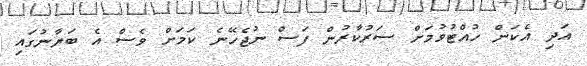
އަދި އެކަން ހުއްޓުވުމަށް ސަރުކާރުން ފަސް ނުޖެހޭނެ ކަމަށް ވެސް އެ ބަޔާނުގައި